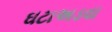
ઘટાઅડવા